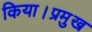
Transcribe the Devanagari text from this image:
किया।प्रमुख